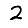
Digit: 2